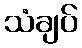
သံချပ်